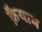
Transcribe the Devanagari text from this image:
क़ैयाम